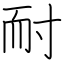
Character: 耐